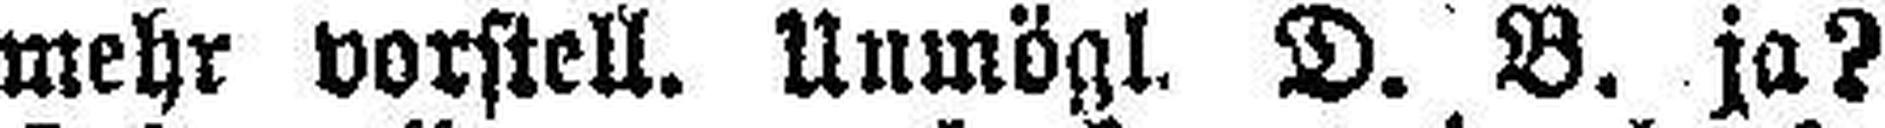
mehr vorstell. Unmögl. D. B. ja?